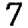
Digit: 7